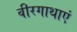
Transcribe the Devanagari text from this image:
वीरगाथाएं